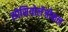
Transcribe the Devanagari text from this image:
सोसियोलॅजीकल